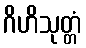
ဂိဟိသုတ္တံ